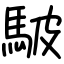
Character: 駊